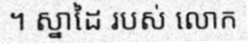
។ ស្នាដៃ របស់ លោក